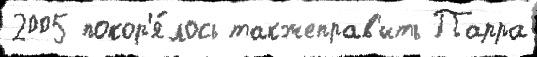
2005 покор'я́лось такжеправ'ить Парра